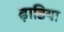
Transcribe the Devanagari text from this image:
ढ़ाडिया